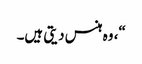
“، وہ ہنس دیتی ہیں۔